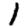
Digit: 1